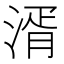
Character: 湑